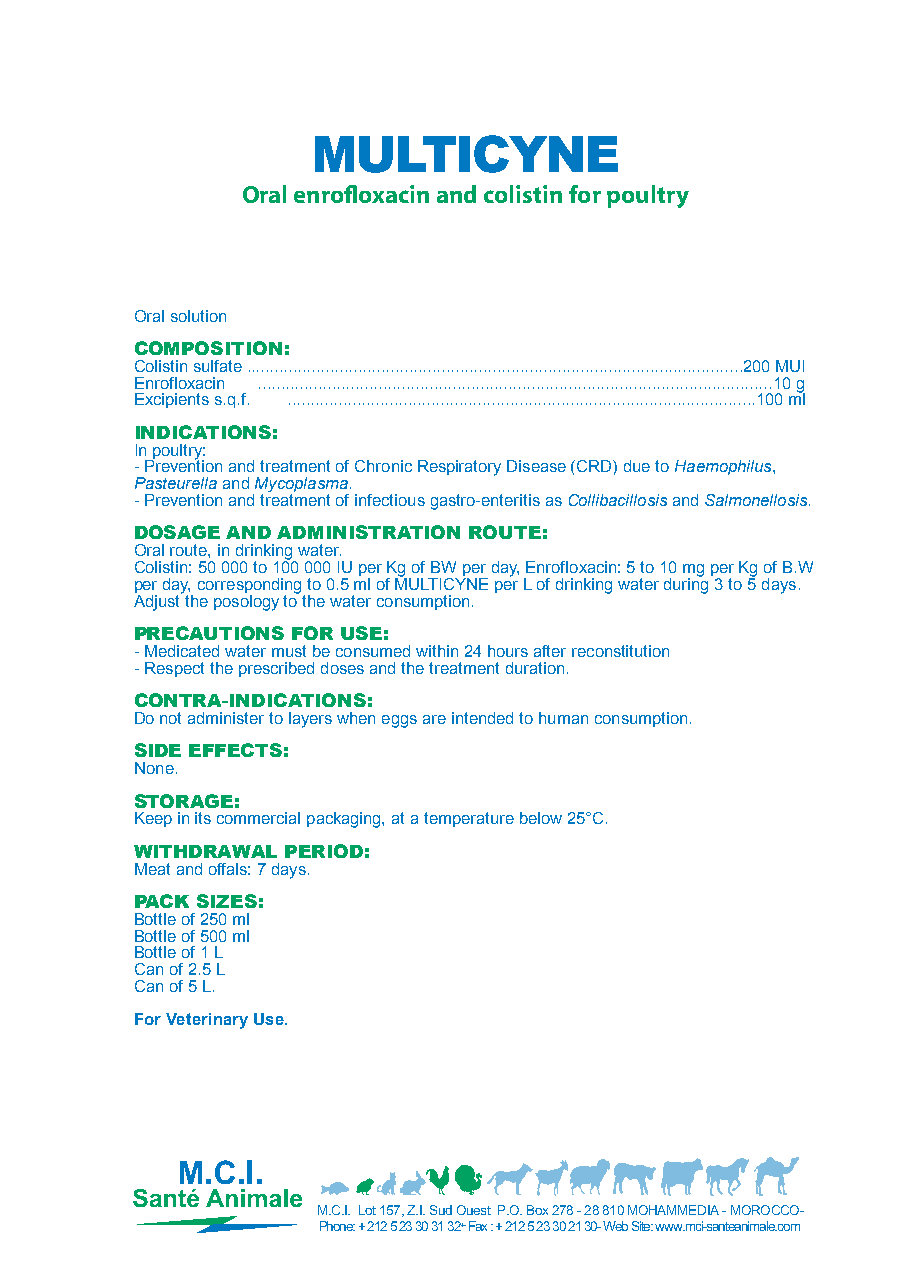
MULTICYNE
 Oral enrofloxacin and colistin for poultry
 Oral solution
 COMPOSITION:
 Colistin sulfate ...........................................................................................................200 MUI
 Enrofloxacin ...............................................................................................................10 g
 Excipients s.q.f. .....................................................................................................100 ml
 INDICATIONS:
 In poultry:
 - Prevention and treatment of Chronic Respiratory Disease (CRD) due to Haemophilus,
 Pasteurella and Mycoplasma.
 - Prevention and treatment of infectious gastro-enteritis as Collibacillosis and Salmonellosis.
 DOSAGE AND ADMINISTRATION ROUTE:
 Oral route, in drinking water.
 Colistin: 50 000 to 100 000 IU per Kg of BW per day, Enrofloxacin: 5 to 10 mg per Kg of B.W
 per day, corresponding to 0.5 ml of MULTICYNE per L of drinking water during 3 to 5 days.
 Adjust the posology to the water consumption.
 PRECAUTIONS FOR USE:
 - Medicated water must be consumed within 24 hours after reconstitution
 - Respect the prescribed doses and the treatment duration.
 CONTRA-INDICATIONS:
 Do not administer to layers when eggs are intended to human consumption.
 SIDE EFFECTS:
 None.
 STORAGE:
 Keep in its commercial packaging, at a temperature below 25°C.
 WITHDRAWAL PERIOD:
 Meat and offals: 7 days.
 PACK SIZES:
 Bottle of 250 ml
 Bottle of 500 ml
 Bottle of 1 L
 Can of 2.5 L
 Can of 5 L.
 For Veterinary Use.
 M.C.I. Lot 157, Z.I. Sud Ouest P.O. Box 278 - 28 810 MOHAMMEDIA - MOROCCO-
 Phone: + 212 5 23 30 31 32+ Fax : + 212 5 23 30 21 30- Web Site: www.mci-santeanimale.com